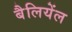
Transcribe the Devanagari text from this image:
बैलियेंल